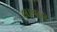
લાવાલ